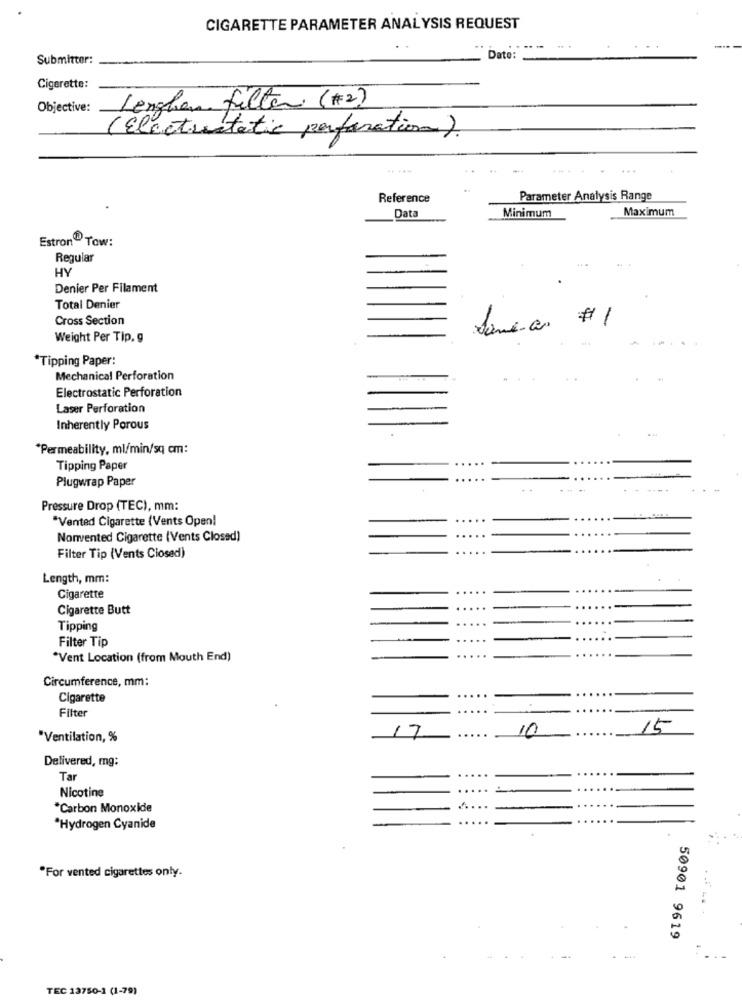
CIGARETTE PARAMETER ANALYSIS REQUEST
. . .
Submitter:
Date:
Cigarette:
Lenghan filter (#2)
Objective:
(Electrostatic perforation).
Reference
Parameter Analysis Range
Maximum
Data
Minimum
Estron Tow:
Regular
HY
Denier Per Filament
Total Denier
Cross Section
Same as # 1
Weight Per Tip. g
*Tipping Paper:
Mechanical Perforation
Electrostatic Perforation
Laser Perforation
Inherently Porous
"Permeability, ml/min/sq cm:
Tipping Paper
Plugwrap Paper
Pressure Drop (TEC), mm:
"Vented Cigarette (Vents Open!
Nonvented Cigarette (Vents Closed)
Filter Tip (Vents Closed)
Length, mm:
Cigarette
Cigarette Butt
Tipping
Filter Tip
*Vent Location (from Mouth End)
Circumference, mm:
Cigarette
Filter
17
10
15
"Ventilation, %
Delivered, mg:
Tar
Nicotine
.....
*Carbon Monoxide
"Hydrogen Cyanide
"For vented cigarettes only.
50901 9619
TEC 13750-1 (1-79)